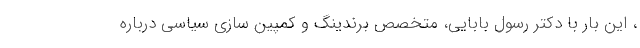
، این بار با دکتر رسول بابایی، متخصص برندینگ و کمپین سازی سیاسی درباره